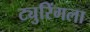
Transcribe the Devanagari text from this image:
ट्युरिंगला